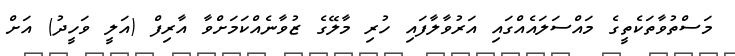
މަސްތުވާތަކެތީގެ މައްސަލައެއްގައި އަރުވާލާފައި ހުރި މާލޭގެ ޒުވާނެއްކަމަށްވާ އާރިފް (އަލީ ވަހީދު) އަށް